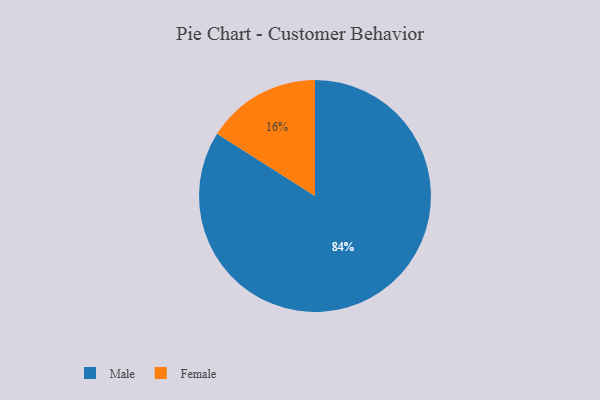
{"axis": {"x": "Category", "y": "Percentage"}, "legend": ["Female", "Male"], "data": [{"x": "Female", "y": 16, "type": "Female"}, {"x": "Male", "y": 84, "type": "Male"}]}